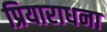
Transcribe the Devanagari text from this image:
प्रियाराधना